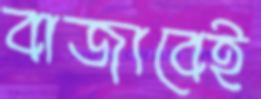
বাজাবেই